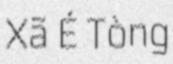
Xã É Tòng